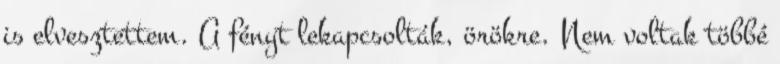
is elvesztettem. A fényt lekapcsolták, örökre. Nem voltak többé